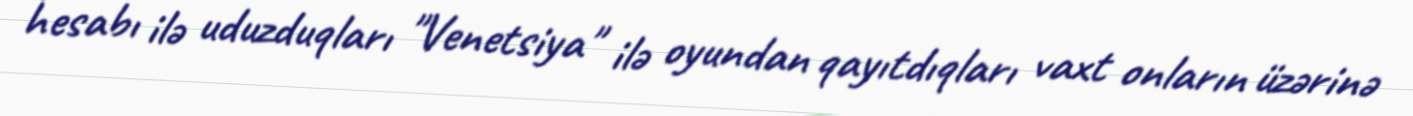
hesabı ilə uduzduqları "Venetsiya" ilə oyundan qayıtdıqları vaxt onların üzərinə